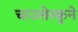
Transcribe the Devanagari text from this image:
चाउसेस्कुने